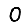
Digit: 0